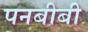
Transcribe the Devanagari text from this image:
पनबीबी